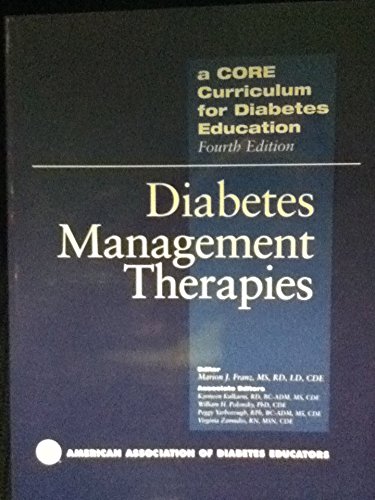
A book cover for Diabetes Management Therapies (Core Curriculum for Diabetes Education, Fourth Edition, Vol. 2); Marion J. Franz; Health, Fitness & Dieting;